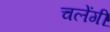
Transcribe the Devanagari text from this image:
चलेंगीं